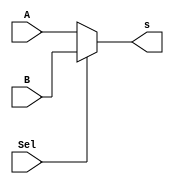
`timescale 1ns / 1ps
//////////////////////////////////////////////////////////////////////////////////
// Company: ITESO
// Module: MUX_2to1
// Description: 
// Data Multiplexer. 
// If Sel == 1 then S = A
// Else S = B
//////////////////////////////////////////////////////////////////////////////////
module Mux_2to1 #(parameter InLength=32)(
input [InLength-1:0]A, B,
input Sel,
output [InLength-1:0]s
);

assign s = Sel==1'b0 ? A:B;

endmodule